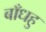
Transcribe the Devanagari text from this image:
बाँधहु